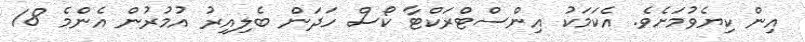
އިން ކިޔެވުމަށެވެ. އެކަމަކު އިންސްޓްރަކްޓާ ކޯސް ހަދަން ބެލިއިރު އުމުރުން އެންމެ 18